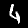
Label: 4